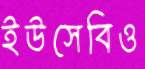
ইউসেবিও